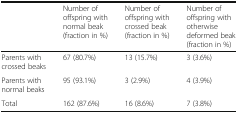
<table><thead><tr><td></td><td><b>Number of offspring with normal beak (fraction in %)</b></td><td><b>Number of offspring with crossed beak (fraction in %)</b></td><td><b>Number of offspring with otherwise deformed beak (fraction in %)</b></td></tr></thead><tbody><tr><td>Parents with crossed beaks</td><td>67 (80.7%)</td><td>13 (15.7%)</td><td>3 (3.6%)</td></tr><tr><td>Parents with normal beaks</td><td>95 (93.1%)</td><td>3 (2.9%)</td><td>4 (3.9%)</td></tr><tr><td>Total</td><td>162 (87.6%)</td><td>16 (8.6%)</td><td>7 (3.8%)</td></tr></tbody></table>